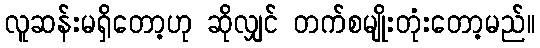
လူဆန်းမရှိတော့ဟု ဆိုလျှင် တက်စမျိုးတုံးတော့မည်။